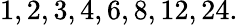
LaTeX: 1,2,3,4,6,8,12,24.